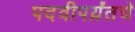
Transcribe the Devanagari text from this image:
पदवीपर्य़ंतचे